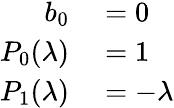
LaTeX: \begin{array}{rl}{b_{0}}&{{}=0}\\ {P_{0}(\lambda)}&{{}=1}\\ {P_{1}(\lambda)}&{{}=-\lambda}\end{array}